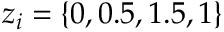
z _ { i } = \{ 0 , 0 . 5 , 1 . 5 , 1 \}